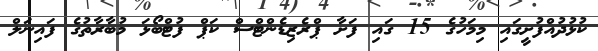
ކުޅުދުއްފުށީގައި މިމަހުގެ 15 ގައި ފަށާ ޕްރެޒިޑެންޓްސް ކަޕް ފުޓްބޯޅަ މުބާރާތުގެ ފައިނަލް